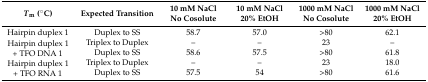
<table><thead><tr><td><b><i>T</i><sub>m</sub> (°C)</b></td><td><b>Expected Transition</b></td><td><b>10 mM NaCl No Cosolute</b></td><td><b>10 mM NaCl 20% EtOH</b></td><td><b>1000 mM NaCl No Cosolute</b></td><td><b>1000 mM NaCl 20% EtOH</b></td></tr></thead><tbody><tr><td>Hairpin duplex 1</td><td>Duplex to SS</td><td>58.7</td><td>57.0</td><td>&gt;80</td><td>62.1</td></tr><tr><td rowspan="2">Hairpin duplex 1 + TFO DNA 1</td><td>Triplex to Duplex</td><td>–</td><td>–</td><td>23</td><td>–</td></tr><tr><td>Duplex to SS</td><td>58.6</td><td>57.5</td><td>&gt;80</td><td>61.8</td></tr><tr><td rowspan="2">Hairpin duplex 1 + TFO RNA 1</td><td>Triplex to Duplex</td><td>–</td><td>–</td><td>23</td><td>18.0</td></tr><tr><td>Duplex to SS</td><td>57.5</td><td>54</td><td>&gt;80</td><td>61.6</td></tr></tbody></table>